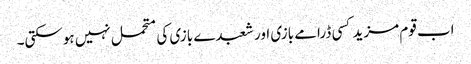
اب قوم مزید کسی ڈرامے بازی اور شعبدے بازی کی متحمل نہیں ہوسکتی۔